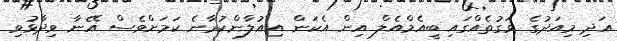
އަދި މިއަދުގެ ވަގުތެއްގައި ބީއެމްއެލް އިން އެކަން އިއުލާންކުރާނެ ކަމަށްވެސް އޭނާ ވިދާޅުވި